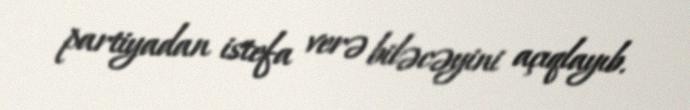
partiyadan istefa verə biləcəyini açıqlayıb.